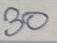
30